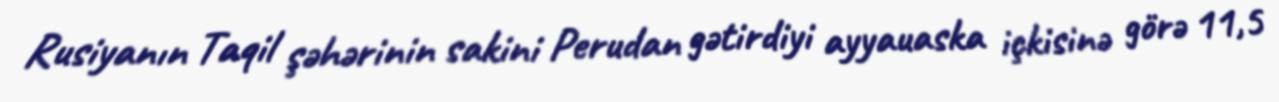
Rusiyanın Taqil şəhərinin sakini Perudan gətirdiyi ayyauaska içkisinə görə 11,5